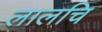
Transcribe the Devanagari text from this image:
लालचि